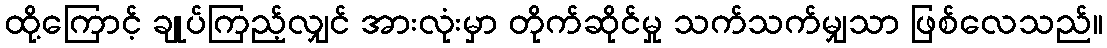
ထို့ကြောင့် ချုပ်ကြည့်လျှင် အားလုံးမှာ တိုက်ဆိုင်မှု သက်သက်မျှသာ ဖြစ်လေသည်။